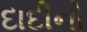
દાદીનો